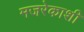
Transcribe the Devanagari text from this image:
मजरेकाशी